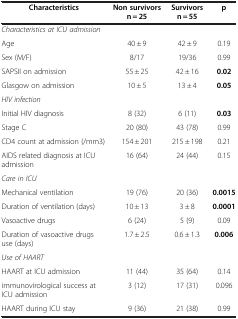
<table><thead><tr><td><b>Characteristics</b></td><td><b>Non survivors n = 25</b></td><td><b>Survivors n = 55</b></td><td><b>p</b></td></tr></thead><tbody><tr><td><i>Characteristics at ICU admission</i></td><td> </td><td> </td><td> </td></tr><tr><td>Age</td><td>40 ± 9</td><td>42 ± 9</td><td>0.19</td></tr><tr><td>Sex (M/F)</td><td>8/17</td><td>19/36</td><td>0.99</td></tr><tr><td>SAPSII on admission</td><td>55 ± 25</td><td>42 ± 16</td><td><b>0.02</b></td></tr><tr><td>Glasgow on admission</td><td>10 ± 5</td><td>13 ± 4</td><td><b>0.05</b></td></tr><tr><td><i>HIV infection</i></td><td> </td><td> </td><td> </td></tr><tr><td>Initial HIV diagnosis</td><td>8 (32)</td><td>6 (11)</td><td><b>0.03</b></td></tr><tr><td>Stage C</td><td>20 (80)</td><td>43 (78)</td><td>0.99</td></tr><tr><td>CD4 count at admission (/mm3)</td><td>154 ± 201</td><td>215 ± 198</td><td>0.21</td></tr><tr><td>AIDS related diagnosis at ICU admission</td><td>16 (64)</td><td>24 (44)</td><td>0.15</td></tr><tr><td><i>Care in ICU</i></td><td> </td><td> </td><td> </td></tr><tr><td>Mechanical ventilation</td><td>19 (76)</td><td>20 (36)</td><td><b>0.0015</b></td></tr><tr><td>Duration of ventilation (days)</td><td>10 ± 13</td><td>3 ± 8</td><td><b>0.0001</b></td></tr><tr><td>Vasoactive drugs</td><td>6 (24)</td><td>5 (9)</td><td>0.09</td></tr><tr><td>Duration of vasoactive drugs use (days)</td><td>1.7 ± 2.5</td><td>0.6 ± 1.3</td><td><b>0.006</b></td></tr><tr><td><i>Use of HAART</i></td><td> </td><td> </td><td> </td></tr><tr><td>HAART at ICU admission</td><td>11 (44)</td><td>35 (64)</td><td>0.14</td></tr><tr><td>immunovirological success at ICU admission</td><td>3 (12)</td><td>17 (31)</td><td>0.096</td></tr><tr><td>HAART during ICU stay</td><td>9 (36)</td><td>21 (38)</td><td>0.99</td></tr></tbody></table>